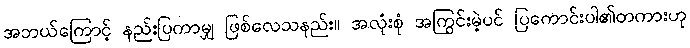
အဘယ်ကြောင့် နည်းပြကာမျှ ဖြစ်လေသနည်း။ အလုံးစုံ အကြွင်းမဲ့ပင် ပြကောင်းပါ၏တကားဟု